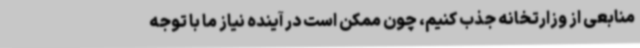
منابعی از وزارتخانه جذب کنیم، چون ممکن است در آینده نیاز ما با توجه